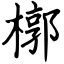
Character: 槨